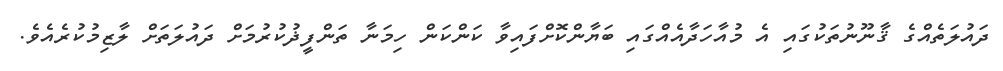
ދައުލަތެއްގެ ޤާނޫނުތަކުގައި އެ މުއާހަދާއެއްގައި ބަޔާންކޮށްފައިވާ ކަންކަން ހިމަނާ ތަންފީޛުކުރުމަށް ދައުލަތަށް ލާޒިމުކުރެއެވެ.